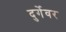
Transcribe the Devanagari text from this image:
दुर्गेवर